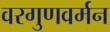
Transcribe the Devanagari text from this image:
वरगुणवर्मन